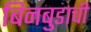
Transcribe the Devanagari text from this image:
बिनबुडाची